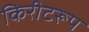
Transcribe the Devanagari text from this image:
किरीटरूप